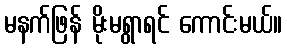
မနက်ဖြန် မိုးမရွာရင် ကောင်းမယ်။